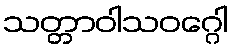
သတ္တာဝါသဝဂ္ဂေါ